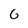
Character: G